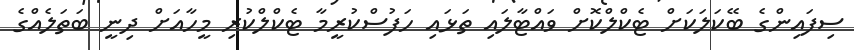
ސިފައިންގެ ބޭކަލަކަށް ޓެކްލްކޮށް ވައްޓާލައި ތަޅައި ހަފުސްކުރީމާ ޓެކްލްކުރި މީހާއަށް ދިނީ ބަތަލެއްގެ